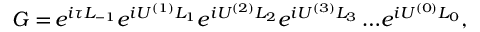
G = \! e ^ { i \tau L _ { - 1 } } e ^ { i U ^ { ( 1 ) } L _ { 1 } } e ^ { i U ^ { ( 2 ) } L _ { 2 } } e ^ { i U ^ { ( 3 ) } L _ { 3 } } \ldots \! e ^ { i { U ^ { ( 0 ) } } L _ { 0 } } ,